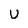
Character: u